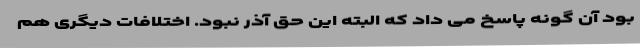
بود آن گونه پاسخ می داد که البته این حق آذر نبود. اختلافات دیگری هم